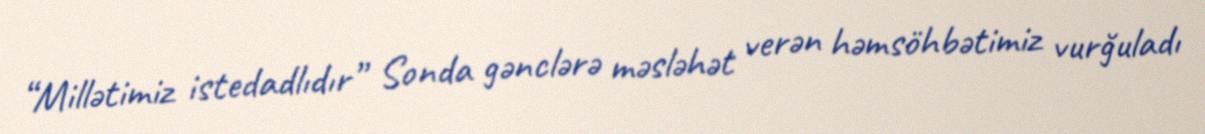
“Millətimiz istedadlıdır” Sonda gənclərə məsləhət verən həmsöhbətimiz vurğuladı